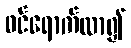
ဝင်ရောက်လာ၍